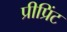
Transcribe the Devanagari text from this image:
प्रीप्रिंट